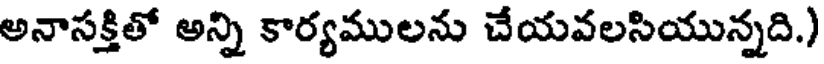
అనాసక్తితో అన్ని కార్యములను చేయవలసియున్నది.)